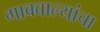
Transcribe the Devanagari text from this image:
गाववाल्यांचा